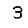
Digit: 3